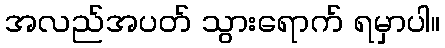
အလည်အပတ် သွားရောက် ရမှာပါ။